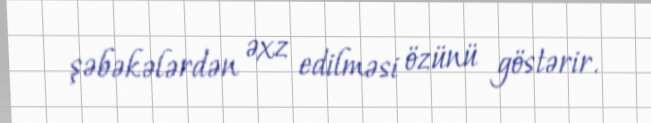
şəbəkələrdən əxz edilməsi özünü göstərir.